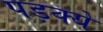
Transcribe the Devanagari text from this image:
पड़क्यें